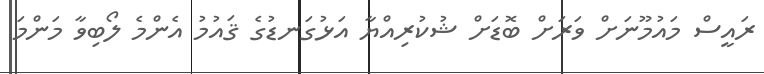
ރައީސް މައުމޫނަށް ވަރަށް ބޮޑަށް ޝުކުރިއްޔާ އަޅުގަނޑުގެ ޤައުމު އެންމެ ލޯބިވާ މަންމަ